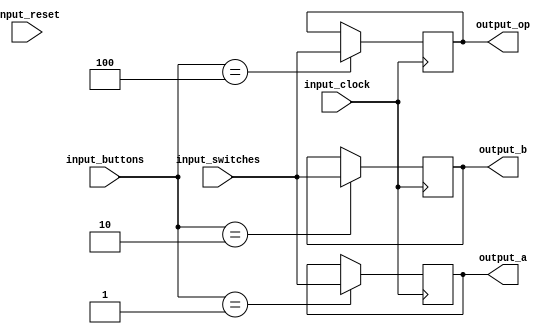
module interfaces#(
    parameter N = 8,
    parameter N_op = 6,
    parameter N_switches = 3
    )(
    input wire signed [N - 1:0] input_switches,
    input wire [N_switches - 1:0] input_buttons,
    input wire input_clock,
    input wire input_reset,
    output reg signed [N-1:0]output_a,
    output reg signed [N-1:0]output_b,
    output reg signed [N-1:0]output_op
    );
    
    always@(posedge input_clock)begin
        if(input_buttons == 1) begin
            output_a <= input_switches;
        end
        if(input_buttons == 2) begin
            output_b <= input_switches;
        end
        if(input_buttons == 4) begin
            output_op <= input_switches;
        end
        
    end
    
    
endmodule